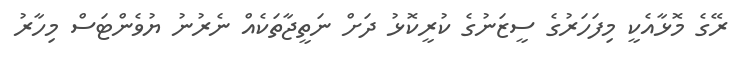
ރޭގެ މޮޅާއެކީ މިފަހަރުގެ ސީޒަނުގެ ކުރީކޮޅު ދަށް ނަތީޖާތަކެއް ނެރުނު ޔުވެންޓަސް މިހާރު